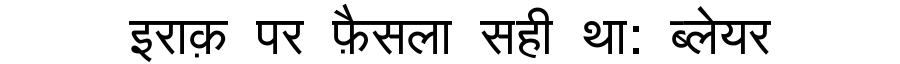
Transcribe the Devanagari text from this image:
इराक़ पर फ़ैसला सही था: ब्लेयर